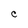
Character: C